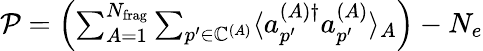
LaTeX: \begin{array}{r}{\mathcal{P}=\left(\sum_{A=1}^{N_{\mathrm{frag}}}\sum_{p^{\prime}\in\mathbb{C}^{(A)}}\langle a_{p^{\prime}}^{(A)\dagger}a_{p^{\prime}}^{(A)}\rangle_{A}\right)-N_{e}}\end{array}